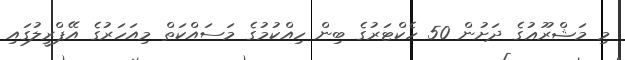
މި މަޝްރޫޢުގެ ދަށުން 50 ހެކްޓަރުގެ ބިން ހިއްކުމުގެ މަސައްކަތް މިއަހަރުގެ އޭޕްރީލުގައި